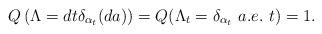
LaTeX: \begin{align*}Q\left(\Lambda = dt\delta_{\alpha_t}(da)\right) = Q(\Lambda_t = \delta_{\alpha_t} \ a.e. \ t) = 1. \end{align*}